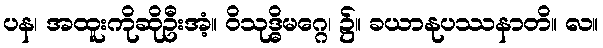
ပန၊ အထူးကိုဆိုဦးအံ့။ ဝိသုဒ္ဓိမဂ္ဂေ၊ ၌။ ခယာနုပဿနာတိ။ လ။